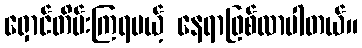
ရှောင်တိမ်းကြရမယ့် နေရာဖြစ်လာပါတယ်။